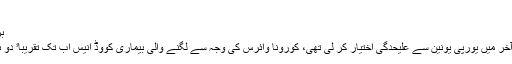
‘‘
برطانیہ میں کورونا وائرس کا پھیلاؤ
برطانیہ میں، جس نے جنوری کے آخر میں یورپی یونین سے علیحدگی اختیار کر لی تھی، کورونا وائرس کی وجہ سے لگنے والی بیماری کووِڈ انیس اب تک تقریباﹰ دو ہزار افراد کو اپنا شکار بنا چکی ہے۔